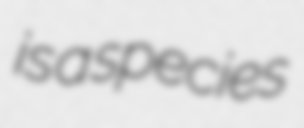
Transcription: is a species